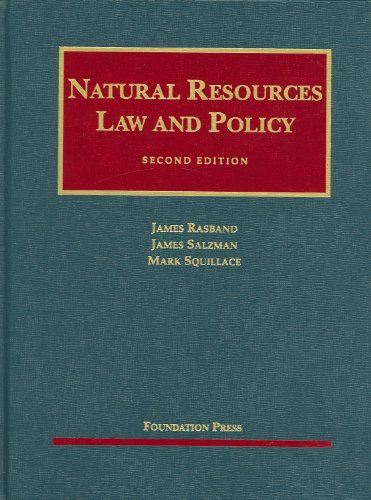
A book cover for Natural Resources Law and Policy (University Casebook Series); James Rasband; Law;